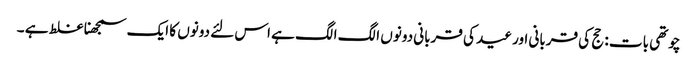
چوتھی بات : حج کی قربانی اور عید کی قربانی دونوں الگ الگ ہے اس لئے دونوں کا ایک سمجھنا غلط ہے ۔